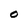
Character: O